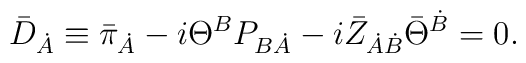
\bar{D}_{\dot{A}}\equiv  \bar{\pi} _{\dot{A}} - i \Theta^B  P_{B\dot{A}}- i \bar{Z}_{\dot{A}\dot{B}} \bar{\Theta}^{\dot{B}} = 0.